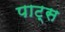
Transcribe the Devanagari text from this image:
पाट्स